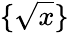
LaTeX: \{ {\sqrt{x}}\}